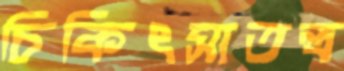
চিকিৎসাতন্ত্র